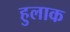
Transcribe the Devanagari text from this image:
हुलाक